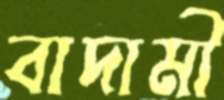
বাদামী